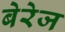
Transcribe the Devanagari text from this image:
बेरेज